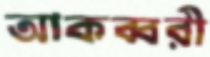
আকব্বরী